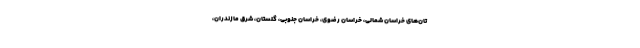
تان‌های خراسان شمالی، خراسان رضوی، خراسان جنوبی، گلستان، شرق مازندران،